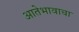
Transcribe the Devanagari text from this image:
आतेभावाचा